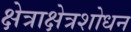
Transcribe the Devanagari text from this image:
क्षेत्राक्षेत्रशोधन